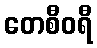
တေစီဝရီ